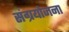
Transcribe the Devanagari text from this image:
संग्रयोजना